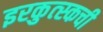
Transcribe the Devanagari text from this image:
इरकुत्स्कची